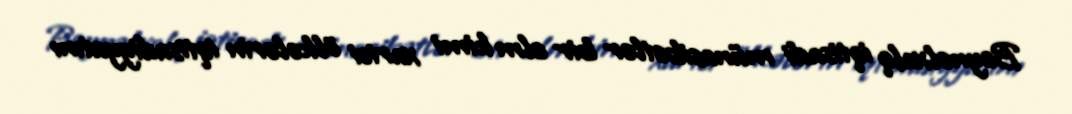
Beynəlxalq iqtisadi münasibətlər bir elm kimi xarici ölkələrin iqtisadiyyatını